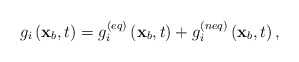
\begin{align*}{g_i}\left( {{{\bf{x}}_b},t} \right) = g_i^{\left( {eq} \right)}\left( {{{\bf{x}}_b},t} \right) + g_i^{\left( {neq} \right)}\left( {{{\bf{x}}_b},t} \right),\end{align*}